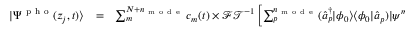
\begin{array} { c c l } { | \Psi ^ { \mathrm { ~ p ~ h ~ o ~ } } ( z _ { j } , t ) \rangle } & { = } & { \sum _ { m } ^ { N + n _ { \mathrm { ~ m ~ o ~ d ~ e ~ } } } c _ { m } ( t ) \times \mathcal { F T } ^ { - 1 } \left[ \sum _ { p } ^ { n _ { \mathrm { ~ m ~ o ~ d ~ e ~ } } } ( \hat { a } _ { p } ^ { \dagger } | \phi _ { 0 } \rangle \langle \phi _ { 0 } | \hat { a } _ { p } ) | \psi ^ { m } \rangle \right] } \end{array}